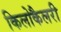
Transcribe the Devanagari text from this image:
किलोकैलरी